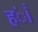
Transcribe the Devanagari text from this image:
हंै।